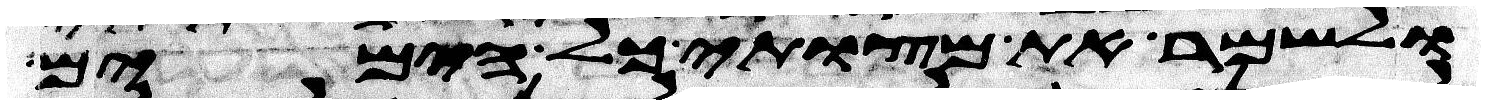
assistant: ולשמר את מצותי כל הימים